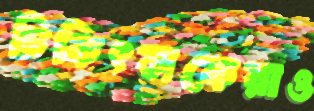
চিকিৎসকেরাও